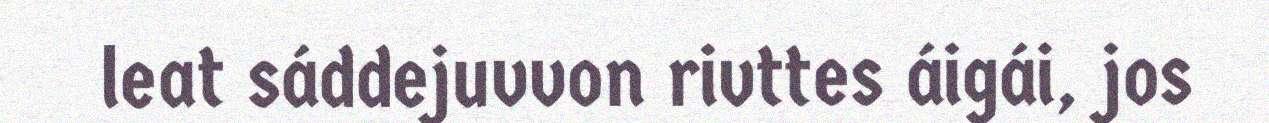
leat sáddejuvvon rivttes áigái, jos